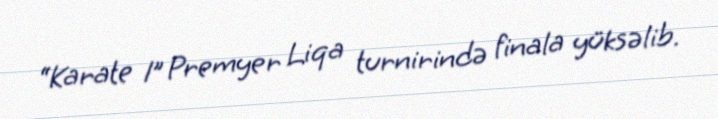
“Karate 1” Premyer Liqa turnirində finala yüksəlib.